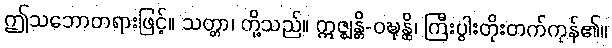
ဤသဘောတရားဖြင့်။ သတ္တာ၊ တို့သည်။ ဣဇ္ဈန္တိ-ဝဍ္ဎုန္ထိ၊ ကြီးပွါးတိုးတက်ကုန်၏။